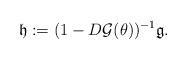
LaTeX: \begin{align*}\mathfrak{h}:=(1-D\mathcal{G}(\theta))^{-1}\mathfrak{g}.\end{align*}